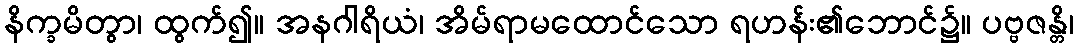
နိက္ခမိတွာ၊ ထွက်၍။ အနဂါရိယံ၊ အိမ်ရာမထောင်သော ရဟန်း၏ဘောင်၌။ ပဗ္ဗဇန္တိ၊